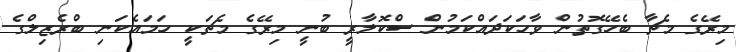
މިރޭގެ މެޗާ ބެހޭގޮތުން ވާހަކަދައްކަމުން ސްކޮލާރީ ބުނީ މިރޭގެ މެޗަކީ ހަމައެކަނި ބްރެޒިލްގެ